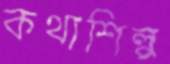
কথাশিল্প